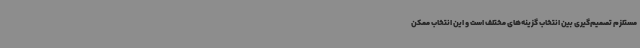
مستلزم تصمیم‌گیری بین انتخاب گزینه‌های مختلف است و این انتخاب ممکن